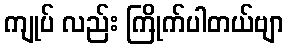
ကျုပ် လည်း ကြိုက်ပါတယ်ဗျာ